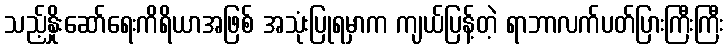
သည့်နှိုးဆော်ရေးကိရိယာအဖြစ် အသုံးပြုရမှာက ကျယ်ပြန့်တဲ့ ရာဘာလက်ပတ်ပြားကြီးကြီး